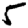
Digit: 5